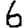
Digit: 6